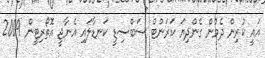
އައީ ކުރިން ދެމުން ގެންދިޔަ ކަރަންޓް ސަބްސިޑީ ކަނޑާލައި އެނާޖީ އޮތޯރިޓީން 2009